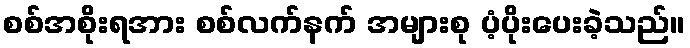
စစ်အစိုးရအား စစ်လက်နက် အများစု ပံ့ပိုးပေးခဲ့သည်။